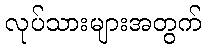
လုပ်သားများအတွက်